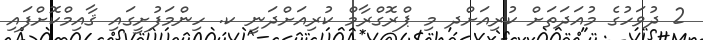
2 ދުވަހުގެ މުއަދަތަށް ކުރިއަށްދ މި ޕްރޮގްރާމް ކުރިއަށްދަނީ ކ. ހިންމަފުށީގައި ޤާއިމްކޮށްފައި